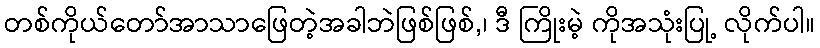
တစ်ကိုယ်တော်အာသာဖြေတဲ့အခါဘဲဖြစ်ဖြစ်,၊ ဒီ ကြိုးမဲ့ ကိုအသုံးပြု့ လိုက်ပါ။